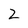
Character: 2